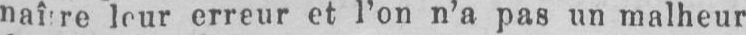
leur erreur et l’on n’a pas un malheur